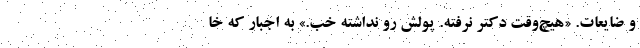
و ضایعات. «هیچ‌وقت دکتر نرفته. پولش رو نداشته خب.» به اجبار که خا